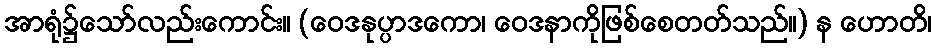
အာရုံ၌သော်လည်းကောင်း။ (ဝေဒနုပ္ပာဒကော၊ ဝေဒနာကိုဖြစ်စေတတ်သည်။) န ဟောတိ၊